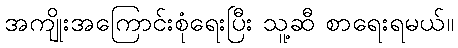
အကျိုးအကြောင်းစုံရေးပြီး သူ့ဆီ စာရေးရမယ်။